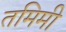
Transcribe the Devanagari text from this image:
तमिमी